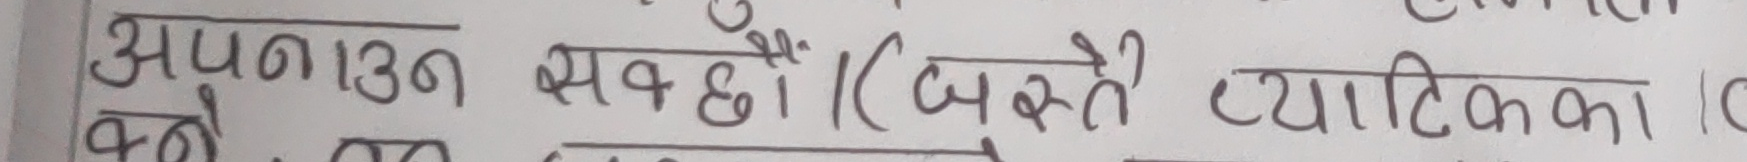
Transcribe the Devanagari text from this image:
अपनउन सवछौँ। (बस्ने व्यतिको